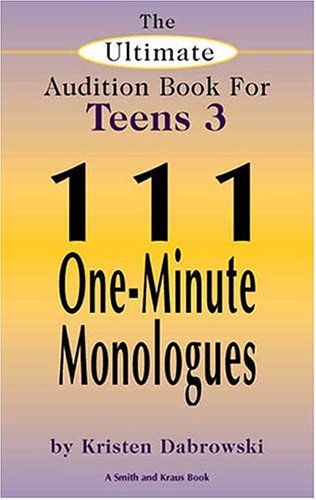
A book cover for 111 One-Minute Monologues (Ultimate Monologue Book for Middle School Actors); Kristen Dabrowski; Teen & Young Adult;